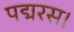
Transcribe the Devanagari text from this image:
पद्मरस।